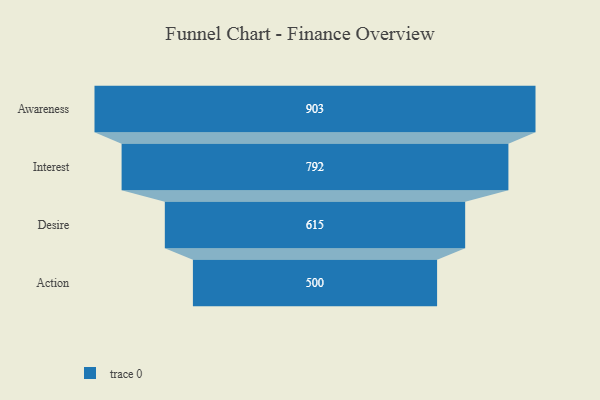
{"axis": {"x": "Stage", "y": "Value"}, "legend": [""], "data": [{"x": "Awareness", "y": 903.0, "type": ""}, {"x": "Interest", "y": 792.0, "type": ""}, {"x": "Desire", "y": 615.0, "type": ""}, {"x": "Action", "y": 500, "type": ""}]}